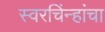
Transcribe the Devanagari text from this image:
स्वरचिंन्हांचा